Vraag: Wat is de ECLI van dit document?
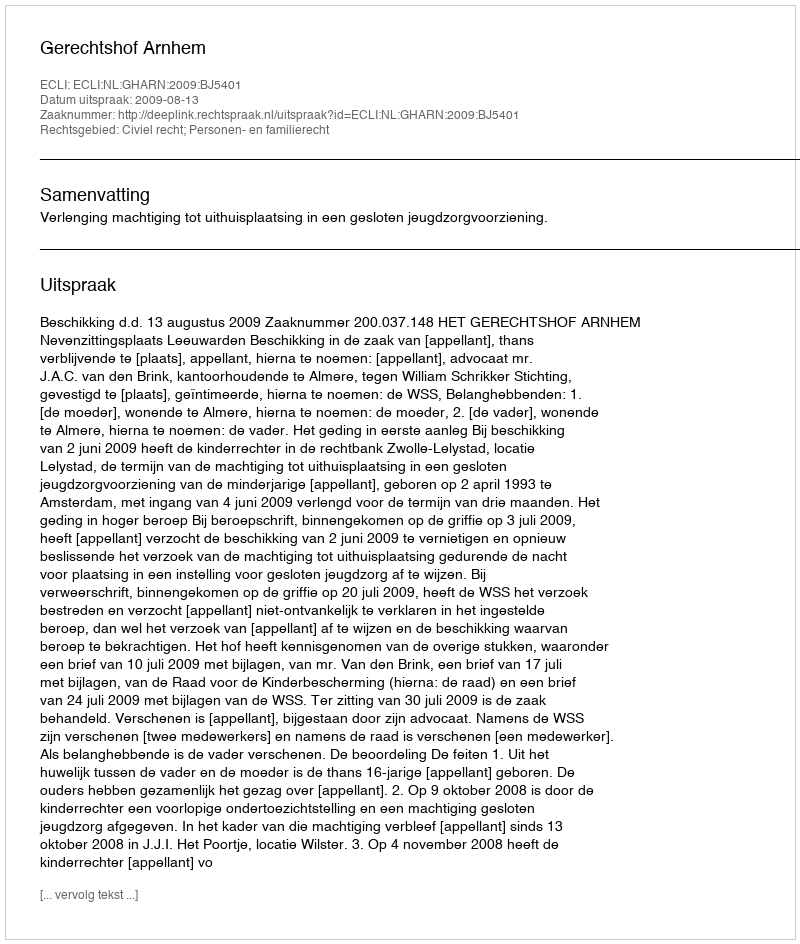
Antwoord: ECLI:NL:GHARN:2009:BJ5401